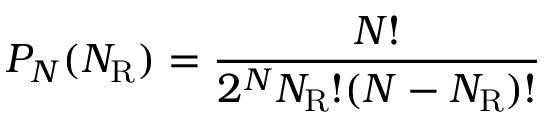
P _ { N } ( N _ { \mathrm { { R } } } ) = { \frac { N ! } { 2 ^ { N } N _ { \mathrm { { R } } } ! ( N - N _ { \mathrm { { R } } } ) ! } }